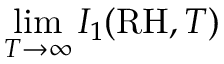
\operatorname* { l i m } _ { T \rightarrow \infty } I _ { 1 } ( \mathrm { R H } , T )